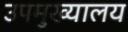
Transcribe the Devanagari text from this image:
उपमुख्यालय